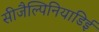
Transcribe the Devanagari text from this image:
सीजैल्पिनियाडिई